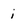
Character: i